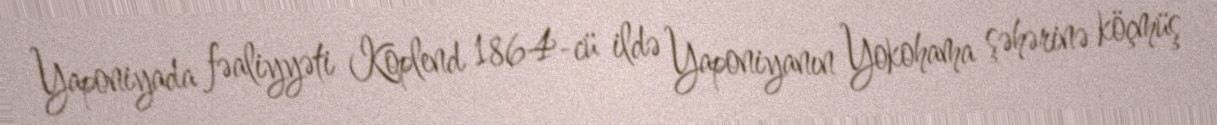
Yaponiyada fəaliyyəti Koplend 1864-cü ildə Yaponiyanın Yokohama şəhərinə köçmüş